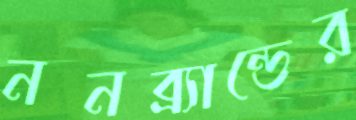
ননব্র্যান্ডের